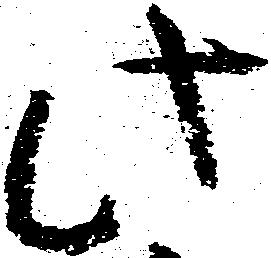
此